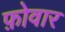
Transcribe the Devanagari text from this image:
फ़ोवार